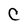
Character: C